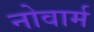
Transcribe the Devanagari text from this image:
नोवार्म